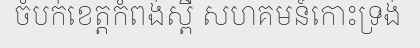
ចំបក់ខេត្តកំពង់ស្ពឺ សហគមន៍កោះទ្រង់